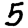
Digit: 5